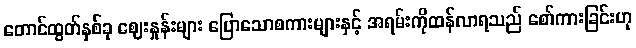
တောင်ထွတ်နှစ်ခု ဈေးနှုန်းများ ပြောသောစကားများနှင့် အရမ်းကိုထန်လာရသည် စော်ကားခြင်းဟု